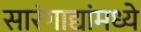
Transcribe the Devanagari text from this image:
सारंगाद्यांमध्ये